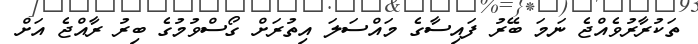
ތަކުރާރުވެއްޖެ ނަމަ ބޭރު ފައިސާގެ މައްސަލަ އިތުރަށް ގޯސްވުމުގެ ބިރު ރާއްޖެ އަށް